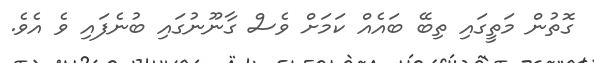
ގޮތުން މަތީގައި ތިބޭ ބައެއް ކަމަށް ވެސް ގާނޫނުގައި ބުނެފައި ވެ އެވެ.